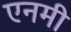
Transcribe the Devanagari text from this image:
एनमी